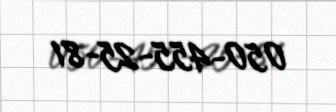
050-455-25-81